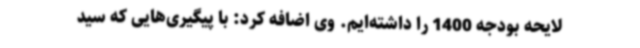
لایحه بودجه 1400 را داشته‌ایم. وی اضافه کرد: با پیگیری‌هایی که سید